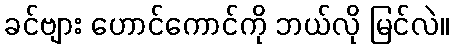
ခင်ဗျား ဟောင်ကောင်ကို ဘယ်လို မြင်လဲ။